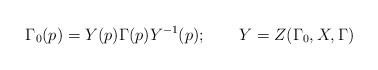
\begin{align*}\Gamma _{0}(p)=Y(p)\Gamma (p)Y^{-1}(p);\qquad Y=Z(\Gamma _{0},X,\Gamma )\end{align*}